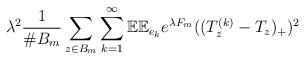
LaTeX: \begin{align*}\lambda^2 \frac{1}{\# B_m} \sum_{z\in B_m} \sum_{k=1}^\infty \mathbb{E} \mathbb{E}_{e_k} e^{\lambda F_m} ((T_z^{(k)}-T_z)_+)^2\end{align*}